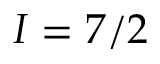
I = 7 / 2